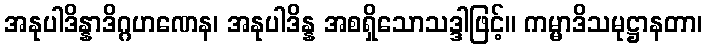
အနုပါဒိန္နာဒိဂ္ဂဟဏေန၊ အနုပါဒိန္န အစရှိသောသဒ္ဒါဖြင့်။ ကမ္မာဒိသမုဋ္ဌာနတာ၊